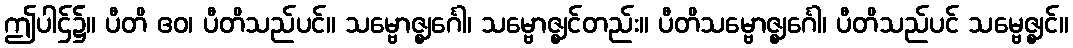
ဤပါဌ်၌။ ပီတိ ဧဝ၊ ပီတိသည်ပင်။ သမ္ဗောဇ္ဈင်္ဂေါ၊ သမ္ဗောဇ္ဈင်တည်း။ ပီတိသမ္ဗောဇ္ဈင်္ဂေါ၊ ပီတိသည်ပင် သမ္ဗေဇ္ဈင်။